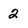
Character: 2